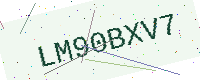
Text: LM90BXV7